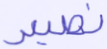
نصير